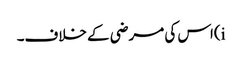
i)اس کی مرضی کے خلاف۔